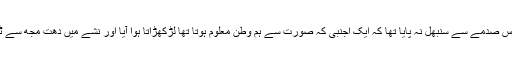
ابھی اس صدمے سے سنبھل نہ پایا تھا کہ ایک اجنبی کہ صورت سے ہم وطن معلوم ہوتا تھا لڑکھڑاتا ہوا آیا اور نشے میں دھت مجھ سے ٹکرایا۔